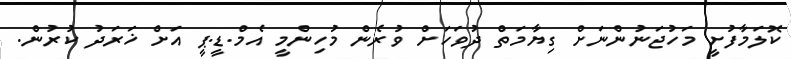
ކޮލަމާފުށީ މަހުޖަނުންނަށް ގިޔާމަތް ދުވަހަށް ވުރެން މުހިންމީ އެމް.ޑީ.ޕީ އަށްްް ޚަރަދު ކުރުން.